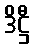
ဒိဋ္ဌီ